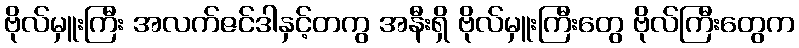
ဗိုလ်မှူးကြီး အလက်ဇင်ဒါနှင့်တကွ အနီးရှိ ဗိုလ်မှူးကြီးတွေ ဗိုလ်ကြီးတွေက